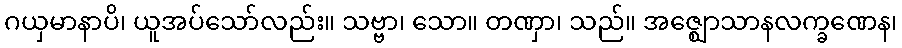
ဂယှမာနာပိ၊ ယူအပ်သော်လည်း။ သဗ္ဗာ၊ သော။ တဏှာ၊ သည်။ အဇ္ဈောသာနလက္ခဏေန၊